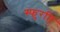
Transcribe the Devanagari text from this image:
स्फुरति